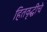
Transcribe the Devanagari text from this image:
हितवृद्धीचे